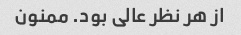
از هر نظر عالی بود. ممنون